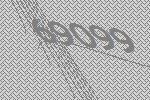
69099